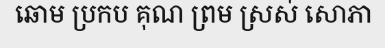
ឆោម ប្រកប គុណ ព្រម ស្រស់ សោភា